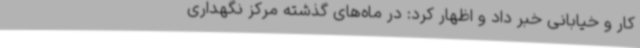
کار و خیابانی خبر داد و اظهار کرد: در ماه‌های گذشته مرکز نگهداری